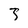
Character: 3